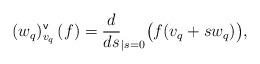
LaTeX: \begin{align*}(w_q)^\mathsf{v}_{v_q}\left(f\right)= \frac{d}{ds}_{\mid s=0}\big(f(v_q + s w_q)\big),\end{align*}